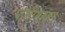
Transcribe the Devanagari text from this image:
पाणीमहाल